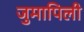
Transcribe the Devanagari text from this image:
जुमापिली